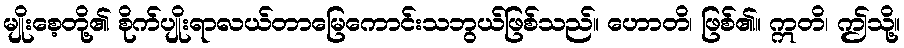
မျိုးစေ့တို့၏ စိုက်ပျိုးရာလယ်တာမြေကောင်းသဘွယ်ဖြစ်သည်။ ဟောတိ၊ ဖြစ်၏။ ဣတိ၊ ဤသို့။